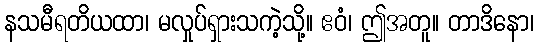
နသမီရတိယထာ၊ မလှုပ်ရှားသကဲ့သို့။ ဧဝံ၊ ဤအတူ။ တာဒိနော၊